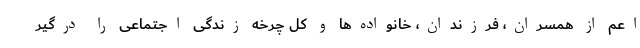
اعم از همسران، فرزندان، خانواده‌ها و کل چرخه زندگی اجتماعی را درگیر